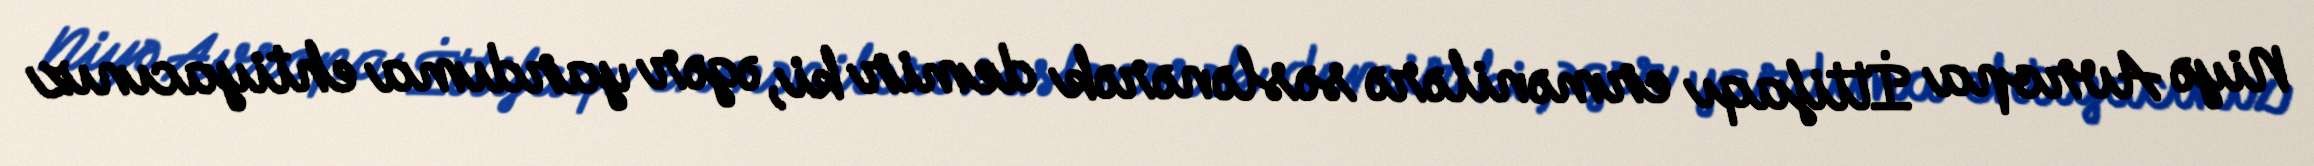
Niyə Avropa İttifaqı ermənilərə səslənərək demir ki, əgər yardıma ehtiyacınız